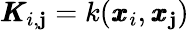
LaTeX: \pmb{K}_{i,\mathbf{j}}=k(\pmb{x}_{i},\pmb{x}_{\mathbf{j}})